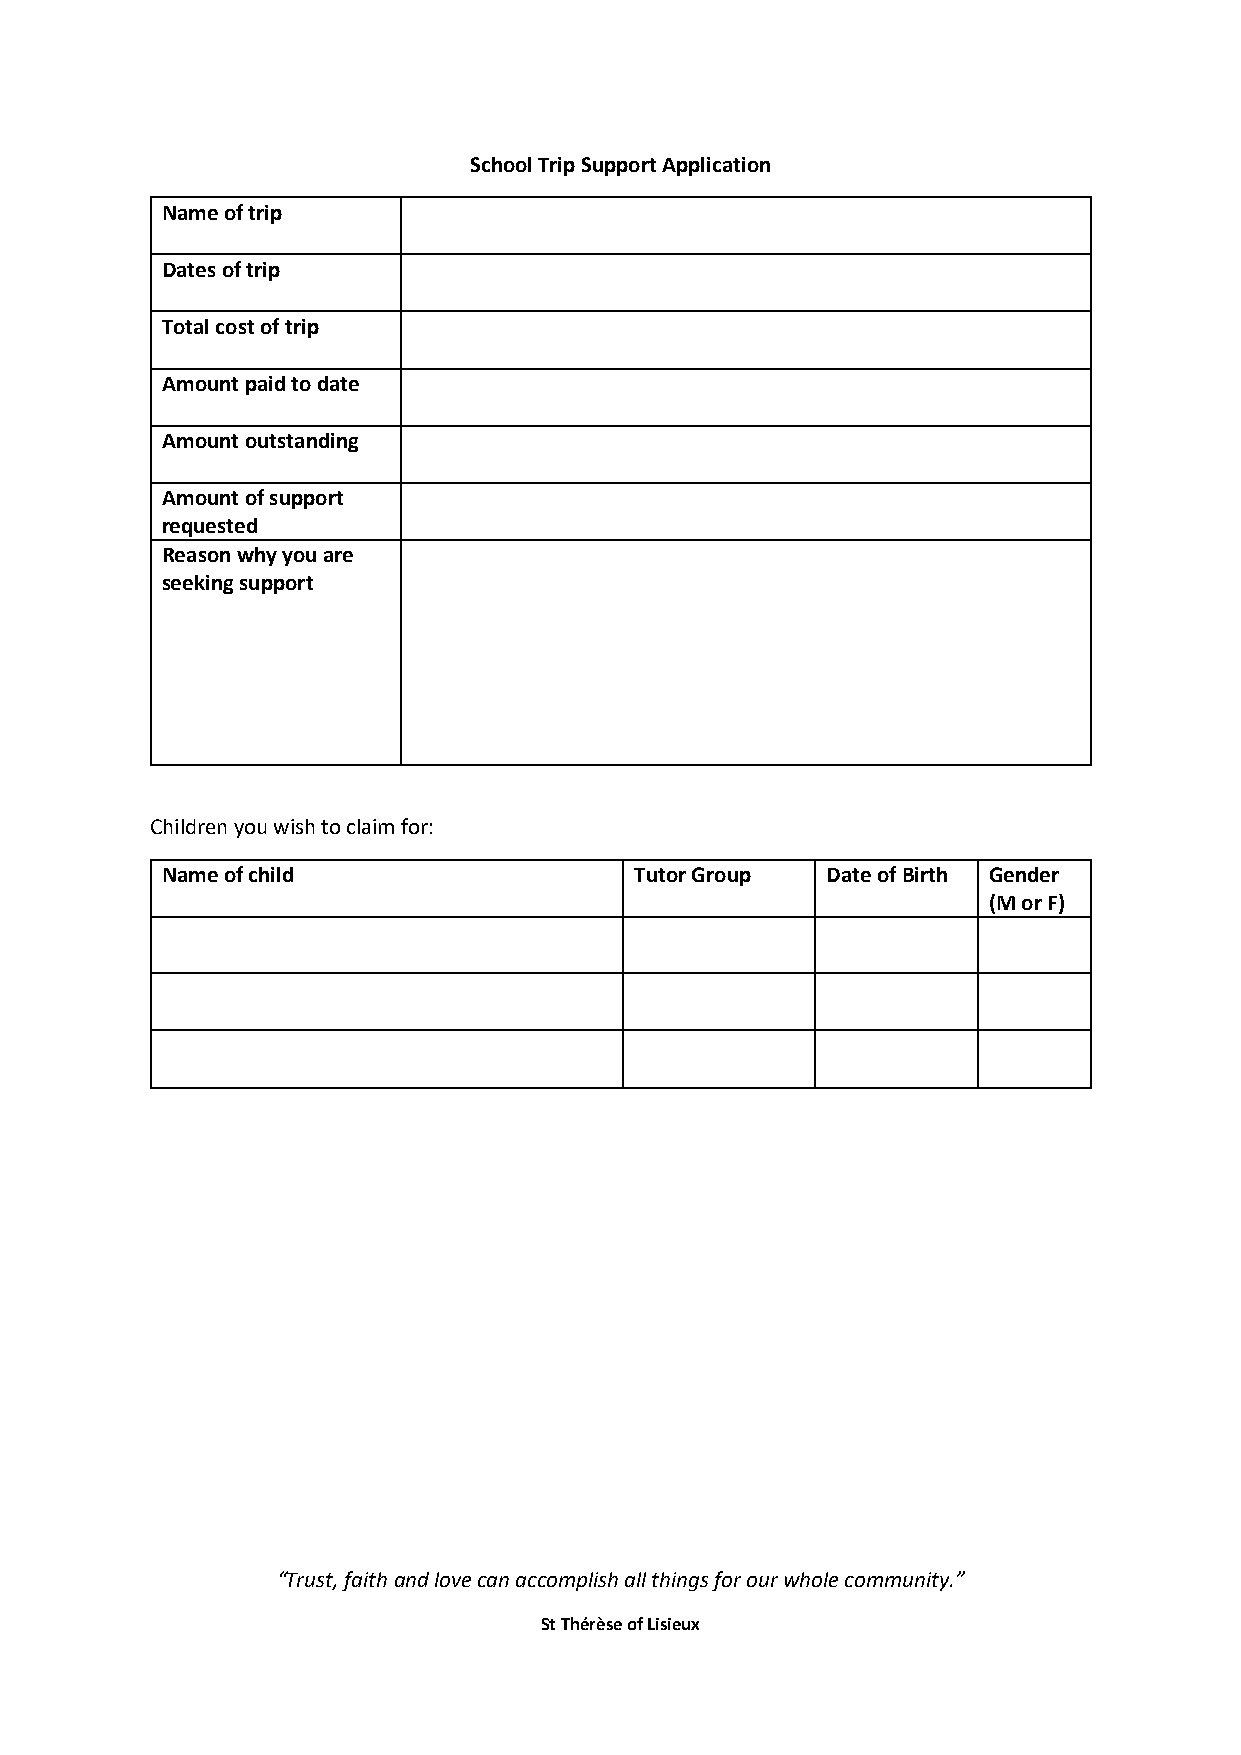
School Trip Support Application
 Name of trip
 Dates of trip
 Total cost of trip
 Amount paid to date
 Amount outstanding
 Amount of support
 requested
 Reason why you are
 seeking support
 Children you wish to claim for:
 Name of child                  Tutor Group  Date of Birth Gender
 (M or F)
 “Trust, faith and love can accomplish all things for our whole community.”
 St Thérèse of Lisieux